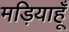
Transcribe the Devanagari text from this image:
मड़ियाहूँ